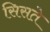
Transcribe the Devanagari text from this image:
सिसते